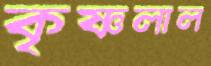
কৃষ্ণলাল